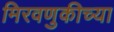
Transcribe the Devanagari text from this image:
मिरवणुकीच्या